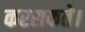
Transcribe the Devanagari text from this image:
करसकते।